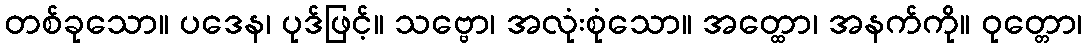
တစ်ခုသော။ ပဒေန၊ ပုဒ်ဖြင့်။ သဗ္ဗော၊ အလုံးစုံသော။ အတ္ထော၊ အနက်ကို။ ဝုတ္တော၊